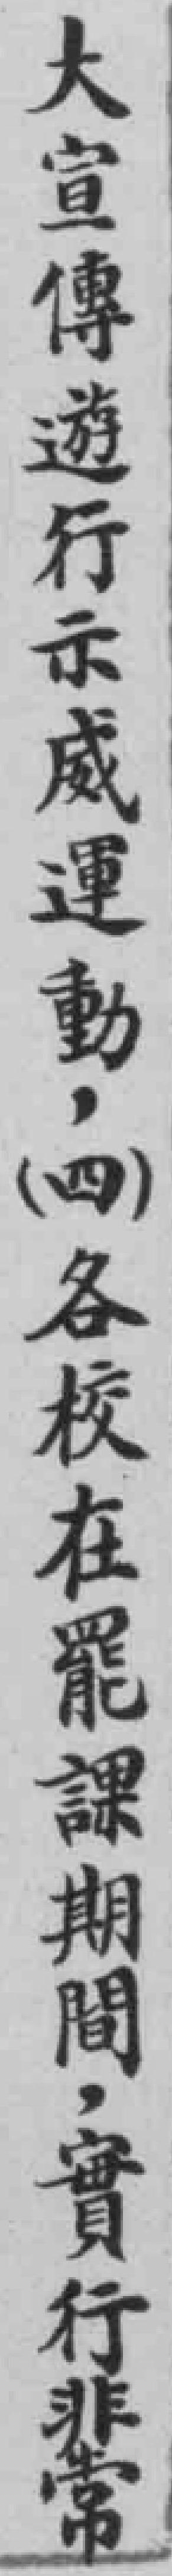
大宣傳遊行示威運動，（四）各校在罷課期間，實行斐常